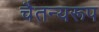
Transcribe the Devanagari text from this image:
चैतन्यरूप